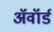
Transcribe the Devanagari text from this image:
अॅवॉर्ड